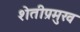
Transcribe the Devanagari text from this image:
शेतीप्रमुख